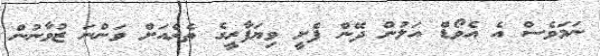
ނަމަވެސް އެ އެވޯޑް އަލުން ދޭން ފެށީ ވިޔަފާރީގެ ތެރެއަށް ވަންނަ ޒުވާނުން